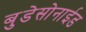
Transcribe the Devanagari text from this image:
बुडेसोनाईड